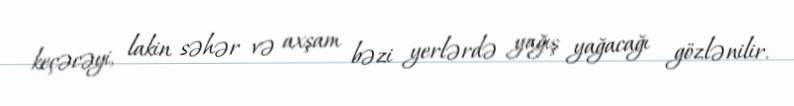
keçəcəyi, lakin səhər və axşam bəzi yerlərdə yağış yağacağı gözlənilir.